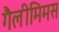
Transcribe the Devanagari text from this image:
गैलीमिमस